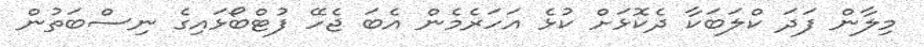
މިލާން ފަދަ ކްލަބަކާ ދެކޮޅަށް ކުޅެ އަހަރެމެން އެބަ ޖެހޭ ފުޓްބޯޅައިގެ ނިސްބަތުން